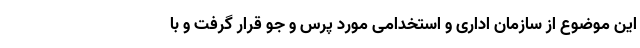
این موضوع از سازمان اداری و استخدامی مورد پرس و جو قرار گرفت و با